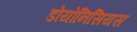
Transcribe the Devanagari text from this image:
डोयोनिसियस